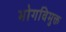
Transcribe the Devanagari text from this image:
भोगविमुक्त